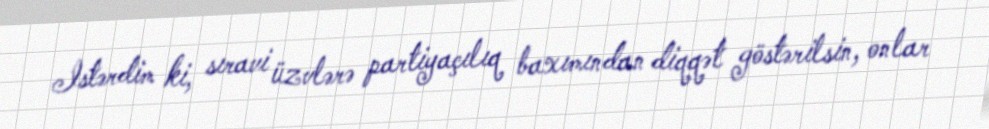
Istərdim ki, sıravi üzvlərə partiyaçılıq baxımından diqqət göstərilsin, onlar